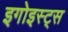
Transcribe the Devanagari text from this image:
इगोइस्ट्स